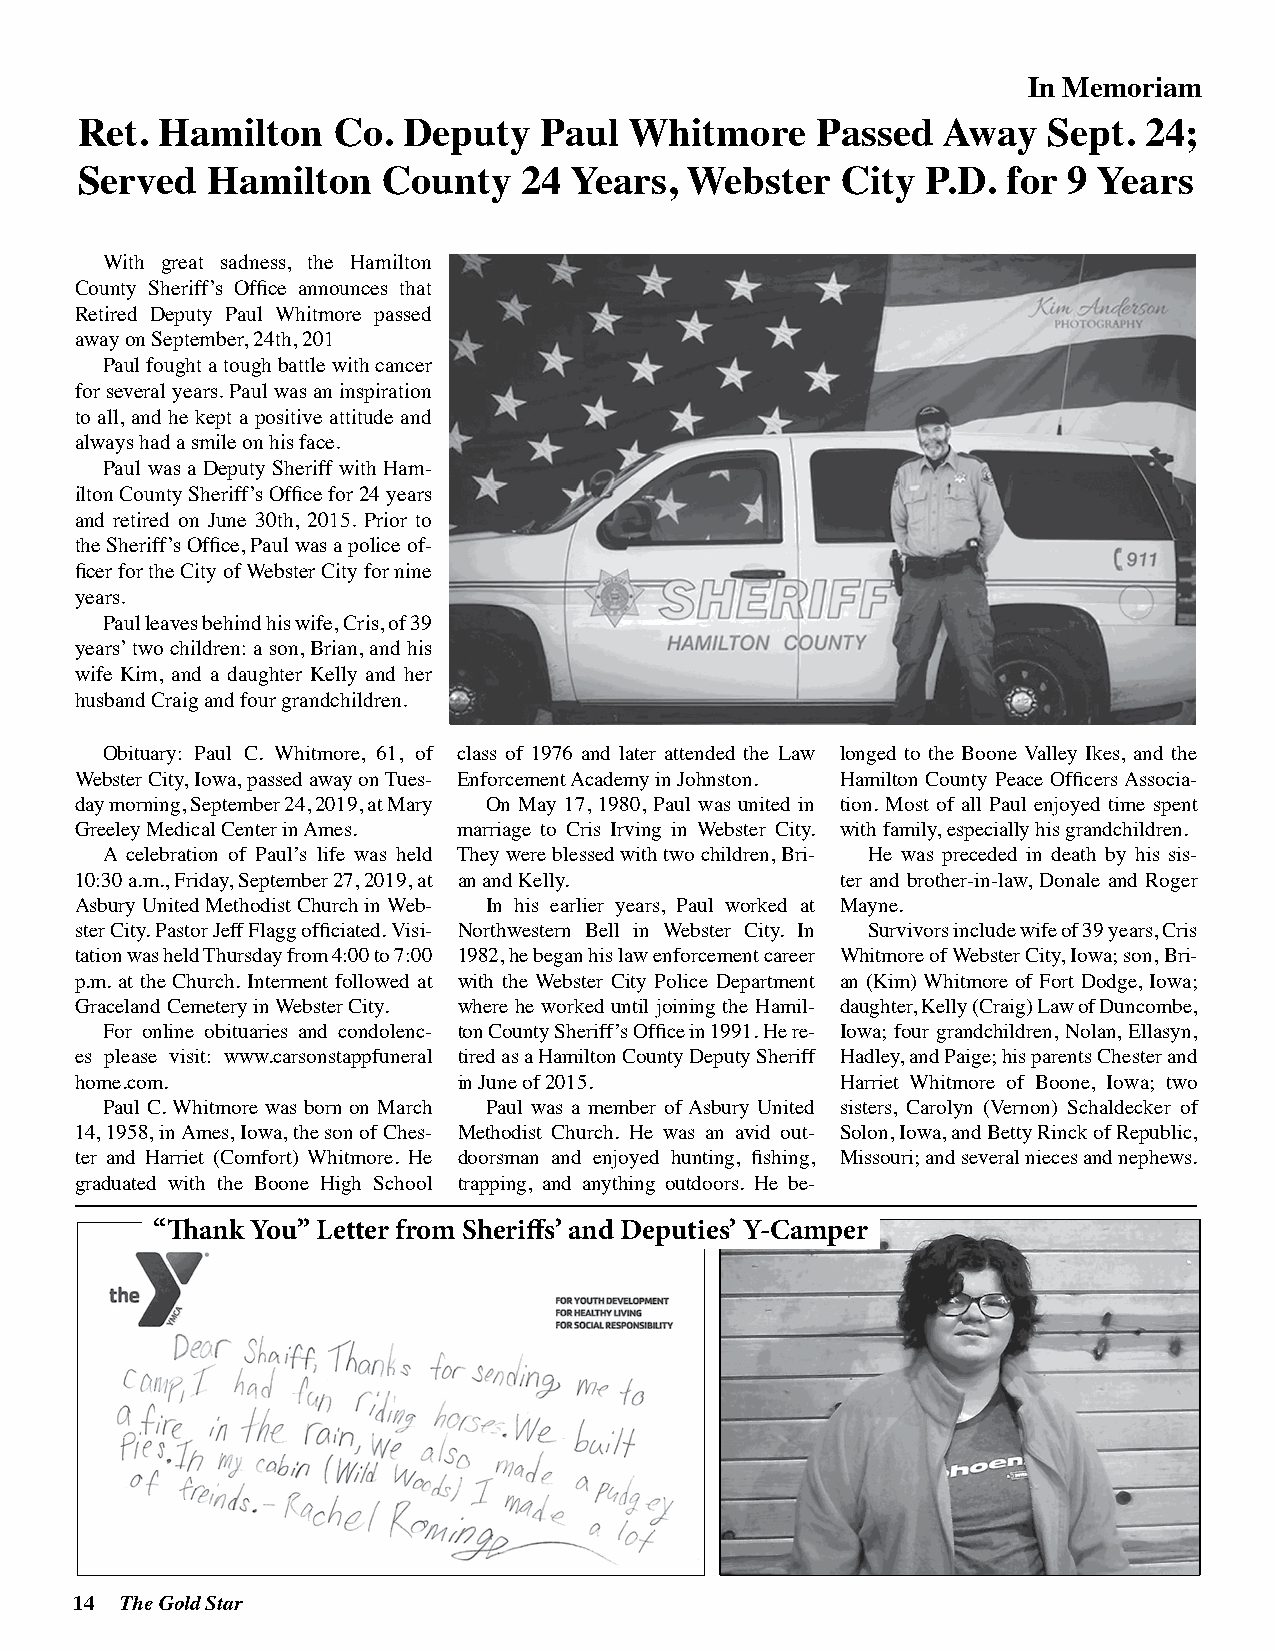
In Memoriam
 Ret.  Hamilton   Co.  Deputy   Paul  Whitmore    Passed  Away   Sept.  24;
 Served   Hamilton   County   24  Years, Webster    City P.D.  for 9 Years
 With great sadness, the Hamilton
 County Sheriff’s Office announces that
 Retired Deputy Paul Whitmore passed
 away on September, 24th, 201
 Paul fought a tough battle with cancer
 for several years. Paul was an inspiration
 to all, and he kept a positive attitude and
 always had a smile on his face.
 Paul was a Deputy Sheriff with Ham-
 ilton County Sheriff’s Office for 24 years
 and retired on June 30th, 2015. Prior to
 the Sheriff’s Office, Paul was a police of-
 ficer for the City of Webster City for nine
 years.
 Paul leaves behind his wife, Cris, of 39
 years’ two children: a son, Brian, and his
 wife Kim, and a daughter Kelly and her
 husband Craig and four grandchildren.
 Obituary: Paul C. Whitmore, 61, of class of 1976 and later attended the Law longed to the Boone Valley Ikes, and the
 Webster City, Iowa, passed away on Tues- Enforcement Academy in Johnston. Hamilton County Peace Officers Associa-
 day morning, September 24, 2019, at Mary On May 17, 1980, Paul was united in tion. Most of all Paul enjoyed time spent
 Greeley Medical Center in Ames. marriage to Cris Irving in Webster City. with family, especially his grandchildren.
 A celebration of Paul’s life was held They were blessed with two children, Bri- He was preceded in death by his sis-
 10:30 a.m., Friday, September 27, 2019, at an and Kelly. ter and brother-in-law, Donale and Roger
 Asbury United Methodist Church in Web- In his earlier years, Paul worked at Mayne.
 ster City. Pastor Jeff Flagg officiated. Visi- Northwestern Bell in Webster City. In Survivors include wife of 39 years, Cris
 tation was held Thursday from 4:00 to 7:00 1982, he began his law enforcement career Whitmore of Webster City, Iowa; son, Bri-
 p.m. at the Church. Interment followed at with the Webster City Police Department an (Kim) Whitmore of Fort Dodge, Iowa;
 Graceland Cemetery in Webster City. where he worked until joining the Hamil- daughter, Kelly (Craig) Law of Duncombe,
 For online obituaries and condolenc- ton County Sheriff’s Office in 1991. He re- Iowa; four grandchildren, Nolan, Ellasyn,
 es please visit: www.carsonstappfuneral tired as a Hamilton County Deputy Sheriff Hadley, and Paige; his parents Chester and
 home.com.                in June of 2015.          Harriet Whitmore of Boone, Iowa; two
 Paul C. Whitmore was born on March Paul was a member of Asbury United sisters, Carolyn (Vernon) Schaldecker of
 14, 1958, in Ames, Iowa, the son of Ches- Methodist Church. He was an avid out- Solon, Iowa, and Betty Rinck of Republic,
 ter and Harriet (Comfort) Whitmore. He doorsman and enjoyed hunting, fishing, Missouri; and several nieces and nephews.
 graduated with the Boone High School trapping, and anything outdoors. He be-
 “Thank You” Letter from Sheriffs’ and Deputies’ Y-Camper
 14 The Gold Star